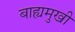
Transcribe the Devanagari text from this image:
बाह्यमुखी